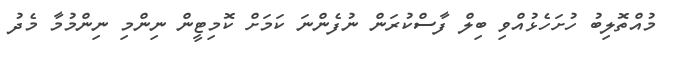
މުއްތޮލިބު ހުށަހެޅުއްވި ބިލް ފާސްކުރަން ނުފެންނަ ކަމަށް ކޮމިޓީން ނިންމި ނިންމުމާ މެދު